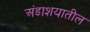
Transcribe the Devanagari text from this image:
अंडाशयातील